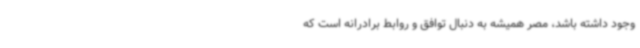
وجود داشته باشد، مصر همیشه به دنبال توافق و روابط برادرانه است که